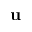
\mathbf { u }